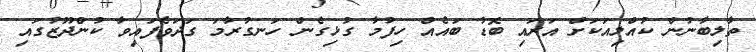
ތާލިބާނުން ކުއްލިއަކަށް އަރައި ބޮޑު ބައެއް ހިފުމާ ގުޅިގެން ހަނގުރާމަ ގަދަވެފައިވާ ކުންދޫޒުގައި